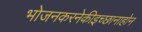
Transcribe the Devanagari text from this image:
भोजनकरनेकीइच्छानाहोन